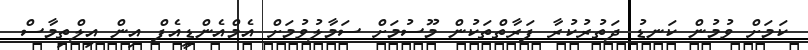
ކަމަށް ވުމުން ކަނޑު ދަތުރުކުރާ ފަރާތްތަކުން މޫސުމަށް ސަމާލުވުމަށް އެމްއެންޑީއެފް އިން އިލްތިމާސް